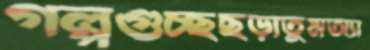
গল্পগুচ্ছছড়াতুমঅ্যা